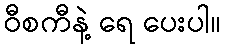
ဝီစကီနဲ့ ရေ ပေးပါ။